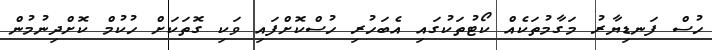
ހުސް ފަނޑިޔާރު މަގާމުތަކެއް ކޯޓުތަކުގައި އެބަހުރި ހުސްކޮށްފައި ވަކި ގޮތަކަށް ހުކުމް ކޮށްދިނުމުން